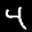
Label: 4